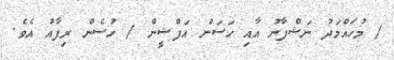
/ މުހައްމަދު ނަޝްފާނު އާއި ހަސަން އަފްޝީން / ހުސެން ރިފާއު އެވެ.